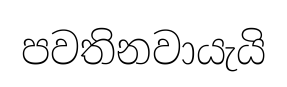
පවතිනවායැයි